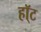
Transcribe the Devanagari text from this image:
हॉ्ट